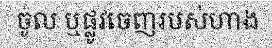
ចូល ឬផ្លូវចេញរបស់ហាង